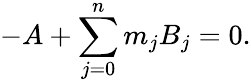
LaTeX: -A+\sum_{j=0}^{n}m_{j}B_{j}=0.